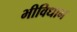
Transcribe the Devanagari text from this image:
भीविधान